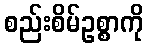
စည်းစိမ်ဥစ္စာကို